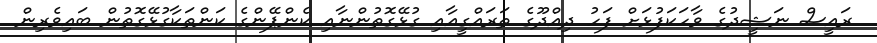
ރައީސް ނަޝީދުގެ ވާހަކަފުޅަށް ފަހު ދިއްދޫގެ ތަރައްގީއާއި ގުޅޭގޮތުންނާއި ކެންޕޭންގެ ކަންތަކާގުޅޭގޮތުން ބައިވެރިން